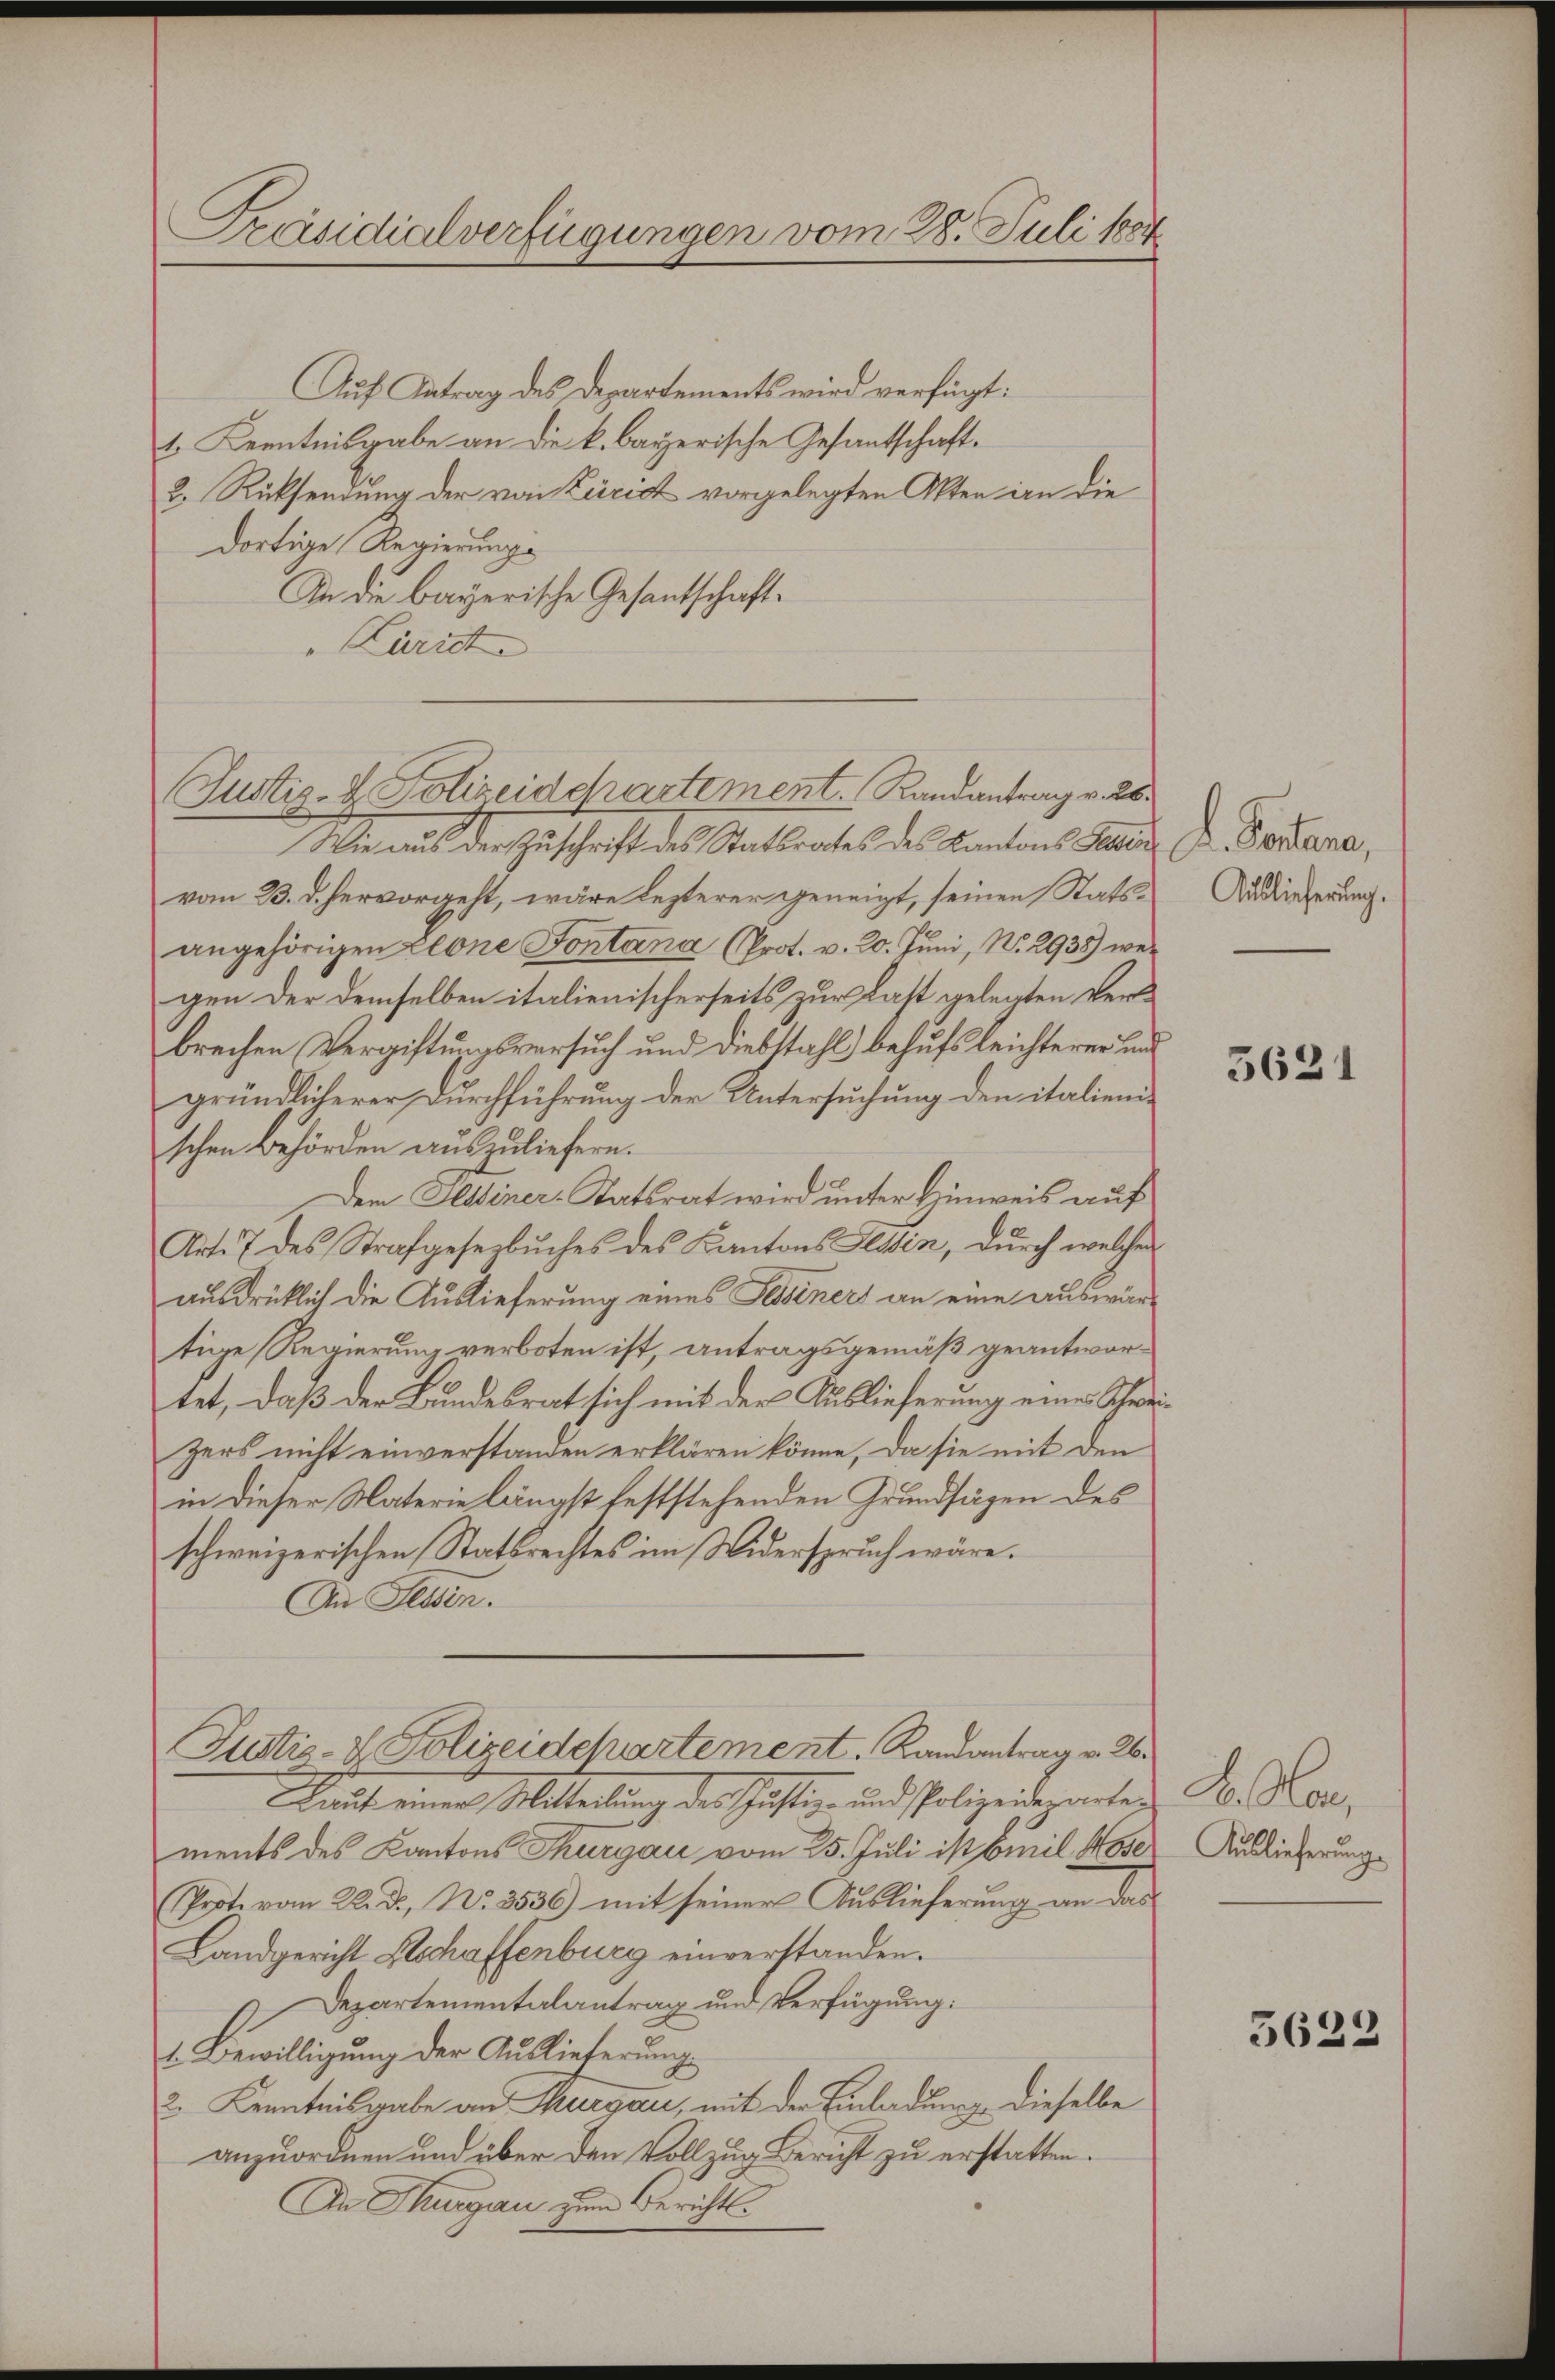
Präsidialverfügungen vom 28. Juli 18

Auf Antrag des Departements wird verfügt:
1. Kenntnisgabe an die k. bayerische Gesantschaft.
b. Rücksendung der von Züricht vorgelegten Akten an die
dortige Regierungs
An die bayerische Gesandtschaft¬
"Lurist
Wie aus der Zuschrift des Stattrates des Kantons Stan
vom B. d. hervorgeht, wäre lezterer geneigt, seinen Statsangehörigen Elone Fontana (Prot. v. 20. Juni, No. 2935) wei
gen der demselben italienischerseits zur Last gelegten Verbrechen Vergiftungsversuch und Diebstahl behufs leichterer un
gründlicherer Durchführung der Untersuchung den italienischen Behörden auszuliefern.
Dem Kleiner-Statsrat wird unter Hinweis auf
Art. 7 des Strafgesezbŭches des Kantons Tessin, dŭrch welcher
ausdrücklich die Auslieferung eines Tessiners an eine auswärtige Regierung verboten ist, antragsgemäß geantwortet, daß der Bundesrat sich mit der Auslieferung eines Schwezers nicht einverstanden erklären könne, da sie mit den
in dieser Materie längst feststehenden Grundsägen des
schweizerischen Statsrechtes im Widerspruch wäre.
Die Geden.
Justiz- & Polizeidchartement. Randantrag v. 26.
Mait einer Mitteilung der Justiz- und Polizeiderinter
ments des Kantons Thurgau vom 25. Juli ist Emil Mose
Prote vom 22. ds. No. 3536) mit seiner Auslieferung an das
Landgericht Geschaffenburg einverstanden.
Departementalantrag und Verfügung:
1. Bewilligŭng der Auslieferŭng
2. Kenntnisgabe an Thurgau, mit der Einladung dieselbe
anzuordnen und über den Vollzug Bericht zu erstatten.
An Thurgau zum Berichts¬

Justiz- & Polizeidchartement. Randantrag v. 26.

L. Portana,
Auslieferung.

5621

A. Nac
Auslieferung

3622